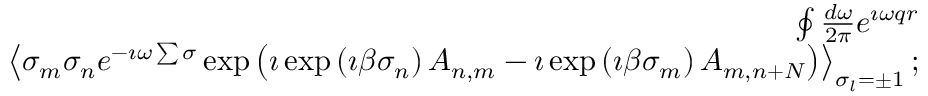
\begin{array} { r l r } & { } & { \oint \frac { d \omega } { 2 \pi } e ^ { \imath \omega q r } } \\ & { } & { \left\langle \sigma _ { m } \sigma _ { n } e ^ { - \imath \omega \sum \sigma } \exp \left( \imath \exp \left( \imath \beta \sigma _ { n } \right) A _ { n , m } - \imath \exp \left( \imath \beta \sigma _ { m } \right) A _ { m , n + N } \right) \right\rangle _ { \sigma _ { l } = \pm 1 } ; } \end{array}